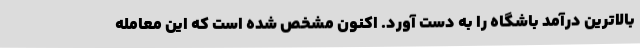
بالاترین درآمد باشگاه را به دست آورد. اکنون مشخص شده است که این معامله